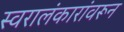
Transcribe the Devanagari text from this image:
स्वरालंकारांवरून